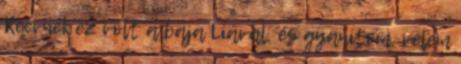
Reevnek ez volt a baja Liával, és gyanítom, velem